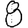
Digit: 8